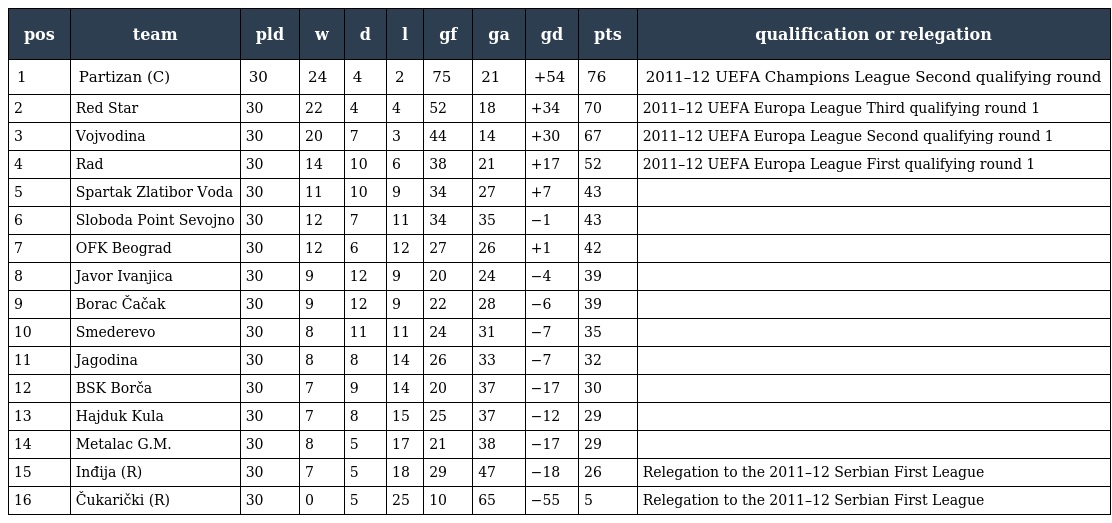
| pos | team | pld | w | d | l | gf | ga | gd | pts | qualification or relegation |
 | --- | --- | --- | --- | --- | --- | --- | --- | --- | --- | --- |
 | 1 | Partizan (C) | 30 | 24 | 4 | 2 | 75 | 21 | +54 | 76 | 2011–12 UEFA Champions League Second qualifying round |
 | 2 | Red Star | 30 | 22 | 4 | 4 | 52 | 18 | +34 | 70 | 2011–12 UEFA Europa League Third qualifying round 1 |
 | 3 | Vojvodina | 30 | 20 | 7 | 3 | 44 | 14 | +30 | 67 | 2011–12 UEFA Europa League Second qualifying round 1 |
 | 4 | Rad | 30 | 14 | 10 | 6 | 38 | 21 | +17 | 52 | 2011–12 UEFA Europa League First qualifying round 1 |
 | 5 | Spartak Zlatibor Voda | 30 | 11 | 10 | 9 | 34 | 27 | +7 | 43 |  |
 | 6 | Sloboda Point Sevojno | 30 | 12 | 7 | 11 | 34 | 35 | −1 | 43 |  |
 | 7 | OFK Beograd | 30 | 12 | 6 | 12 | 27 | 26 | +1 | 42 |  |
 | 8 | Javor Ivanjica | 30 | 9 | 12 | 9 | 20 | 24 | −4 | 39 |  |
 | 9 | Borac Čačak | 30 | 9 | 12 | 9 | 22 | 28 | −6 | 39 |  |
 | 10 | Smederevo | 30 | 8 | 11 | 11 | 24 | 31 | −7 | 35 |  |
 | 11 | Jagodina | 30 | 8 | 8 | 14 | 26 | 33 | −7 | 32 |  |
 | 12 | BSK Borča | 30 | 7 | 9 | 14 | 20 | 37 | −17 | 30 |  |
 | 13 | Hajduk Kula | 30 | 7 | 8 | 15 | 25 | 37 | −12 | 29 |  |
 | 14 | Metalac G.M. | 30 | 8 | 5 | 17 | 21 | 38 | −17 | 29 |  |
 | 15 | Inđija (R) | 30 | 7 | 5 | 18 | 29 | 47 | −18 | 26 | Relegation to the 2011–12 Serbian First League |
 | 16 | Čukarički (R) | 30 | 0 | 5 | 25 | 10 | 65 | −55 | 5 | Relegation to the 2011–12 Serbian First League |